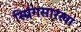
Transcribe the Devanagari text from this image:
स्प्रिंगसारखा